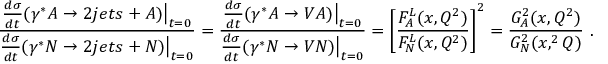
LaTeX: { \frac { { \frac { d \sigma } { d t } } ( \gamma ^ { * } A \to 2 j e t s + A ) \big \vert _ { t = 0 } } { { \frac { d \sigma } { d t } } ( \gamma ^ { * } N \to 2 j e t s + N ) \big \vert _ { t = 0 } } } = { \frac { { \frac { d \sigma } { d t } } ( \gamma ^ { * } A \to V A ) \big \vert _ { t = 0 } } { { \frac { d \sigma } { d t } } ( \gamma ^ { * } N \to V N ) \big \vert _ { t = 0 } } } = \left[ { \frac { F _ { A } ^ { L } ( x , Q ^ { 2 } ) } { F _ { N } ^ { L } ( x , Q ^ { 2 } ) } } \right] ^ { 2 } = { \frac { G _ { A } ^ { 2 } ( x , Q ^ { 2 } ) } { G _ { N } ^ { 2 } ( x , ^ { 2 } Q ) } } \ .